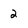
Character: 2